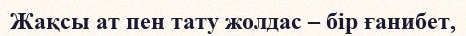
Жақсы ат пен тату жолдас – бір ғанибет,